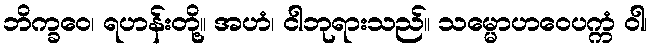
ဘိက္ခဝေ၊ ရဟန်းတို့။ အဟံ၊ ငါဘုရားသည်။ သမ္မောဟဝေပက္ကံ ဝါ၊